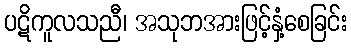
ပဋိကူလသညီ၊ အသုဘအားဖြင့်နှံ့စေခြင်း